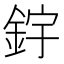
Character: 𨦦